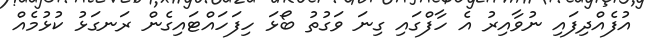
އުފެއްދިފައި ނުވާއިރު އެ ހާފްގައި ގިނަ ވަގުތު ބޯޅަ ހިފަހައްޓައިގެން ރަނގަޅު ކުޅުމެއް